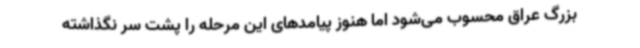
بزرگ عراق محسوب می‌شود اما هنوز پیامدهای این مرحله را پشت سر نگذاشته